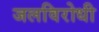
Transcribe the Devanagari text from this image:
जलविरोधी